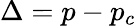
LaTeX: \Delta=p-p_{c}